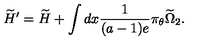
\widetilde { H } ^ { \prime } = \widetilde H + \int d x \frac { 1 } { ( a - 1 ) e } \pi _ { \theta } \widetilde { \Omega } _ { 2 } .